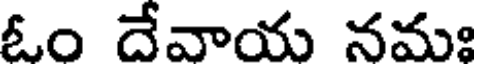
ఓం దేవాయ నమః